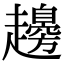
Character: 䟍